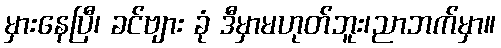
မှားနေပြီ၊ ခင်ဗျား ခုံ ဒီမှာမဟုတ်ဘူး၊ညာဘက်မှာ။